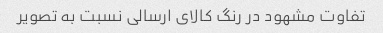
تفاوت مشهود در رنگ کالای ارسالی نسبت به تصویر